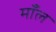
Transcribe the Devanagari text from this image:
माँल